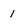
Character: 1